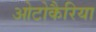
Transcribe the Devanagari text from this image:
ओटोकैरिया